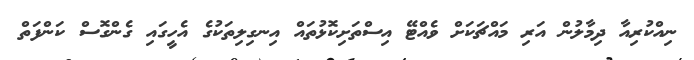
ނިއްކުރިއާ ދިމާލުން އަރި މައްޗަކަށް ވެއްޓޭ އިސްތަށިކޮޅުތައް އިނގިލިތަކުގެ އެހީގައި ގެންގޮސް ކަންފަތް